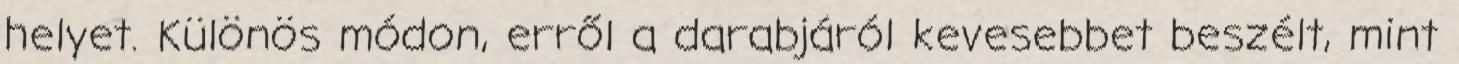
helyet. Különös módon, erről a darabjáról kevesebbet beszélt, mint